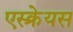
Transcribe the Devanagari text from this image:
एस्क्रेयस